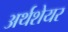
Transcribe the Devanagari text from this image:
अर्थशेयर